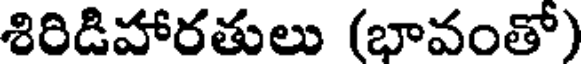
శిరిడిహారతులు (భావంతో)